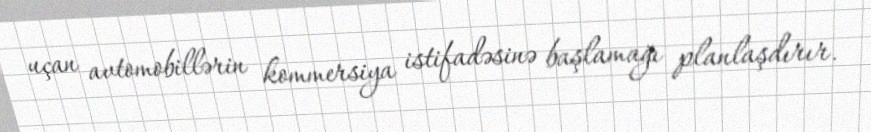
uçan avtomobillərin kommersiya istifadəsinə başlamağı planlaşdırır.